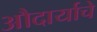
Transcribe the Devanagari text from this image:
औदार्याचे